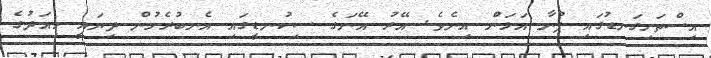
އިސްތަށިގަނޑުގައި ފުނާ އަޅަން އިނެވެ. އޭރު އޭނަގެ ސިކުނޑީގައި އެނބުރެމުން ދިޔައީ މިއަދުގެ